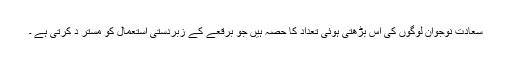
سعادت نوجوان لوگوں کی اس بڑھتی ہوئی تعداد کا حصہ ہیں جو برقعے کے زبردستی استعمال کو مستر د کرتی ہے ۔